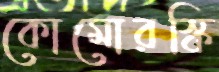
কোমোরস্কি